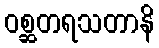
ဝစ္ဆတရသတာနိ